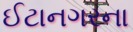
ઈટાનગરના